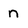
Character: n